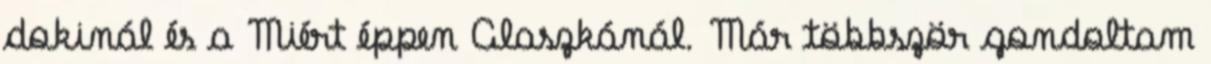
dokinál és a Miért éppen Alaszkánál. Már többször gondoltam